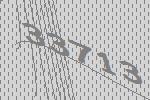
33713